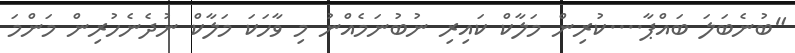
"ބުނެބަލަ ބައްޕާ....ކުރިން މަލާކް ކައިރި ނުބުނަމެއްނު މި ވާހަކަ މަލާކް ނުދެނެހުރިން މަންމަ